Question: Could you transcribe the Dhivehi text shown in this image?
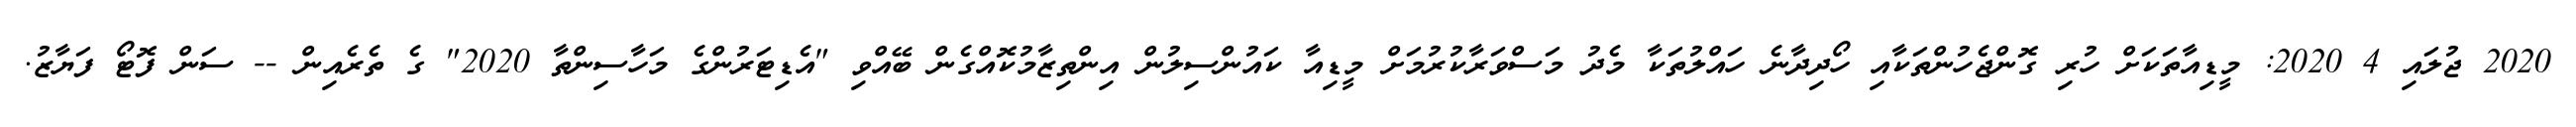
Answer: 2020 ޖުލައި 4 2020: މީޑިއާތަކަށް ހުރި ގޮންޖެހުންތަކާއި ހޯދިދާނެ ހައްލުތަކާ މެދު މަސްވަރާކުރުމަށް މީޑިއާ ކައުންސިލުން އިންތިޒާމުކޮއްގެން ބޭއްވި "އެޑިޓަރުންގެ މަހާސިންތާ 2020" ގެ ތެރެއިން -- ސަން ފޮޓޯ ފަޔާޒު.